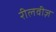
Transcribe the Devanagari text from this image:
रीलवीज़